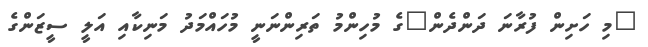
"މި ހަށިން ފުރާނަ ދަންދެން"ގެ މުހިންމު ތަރިންނަނީ މުހައްމަދު މަނިކާއި އަލީ ސީޒަންގެ